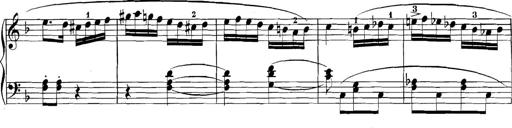
Title: 3 Sonatinas
Composer: Carl Reinecke